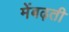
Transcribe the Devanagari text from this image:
मेंबढ़ती